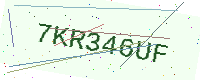
Text: 7KR346UF